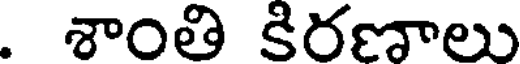
. శాంతి కిరణాలు